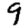
Digit: 9